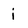
Character: i